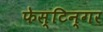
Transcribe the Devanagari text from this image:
फेस्टिन्गर